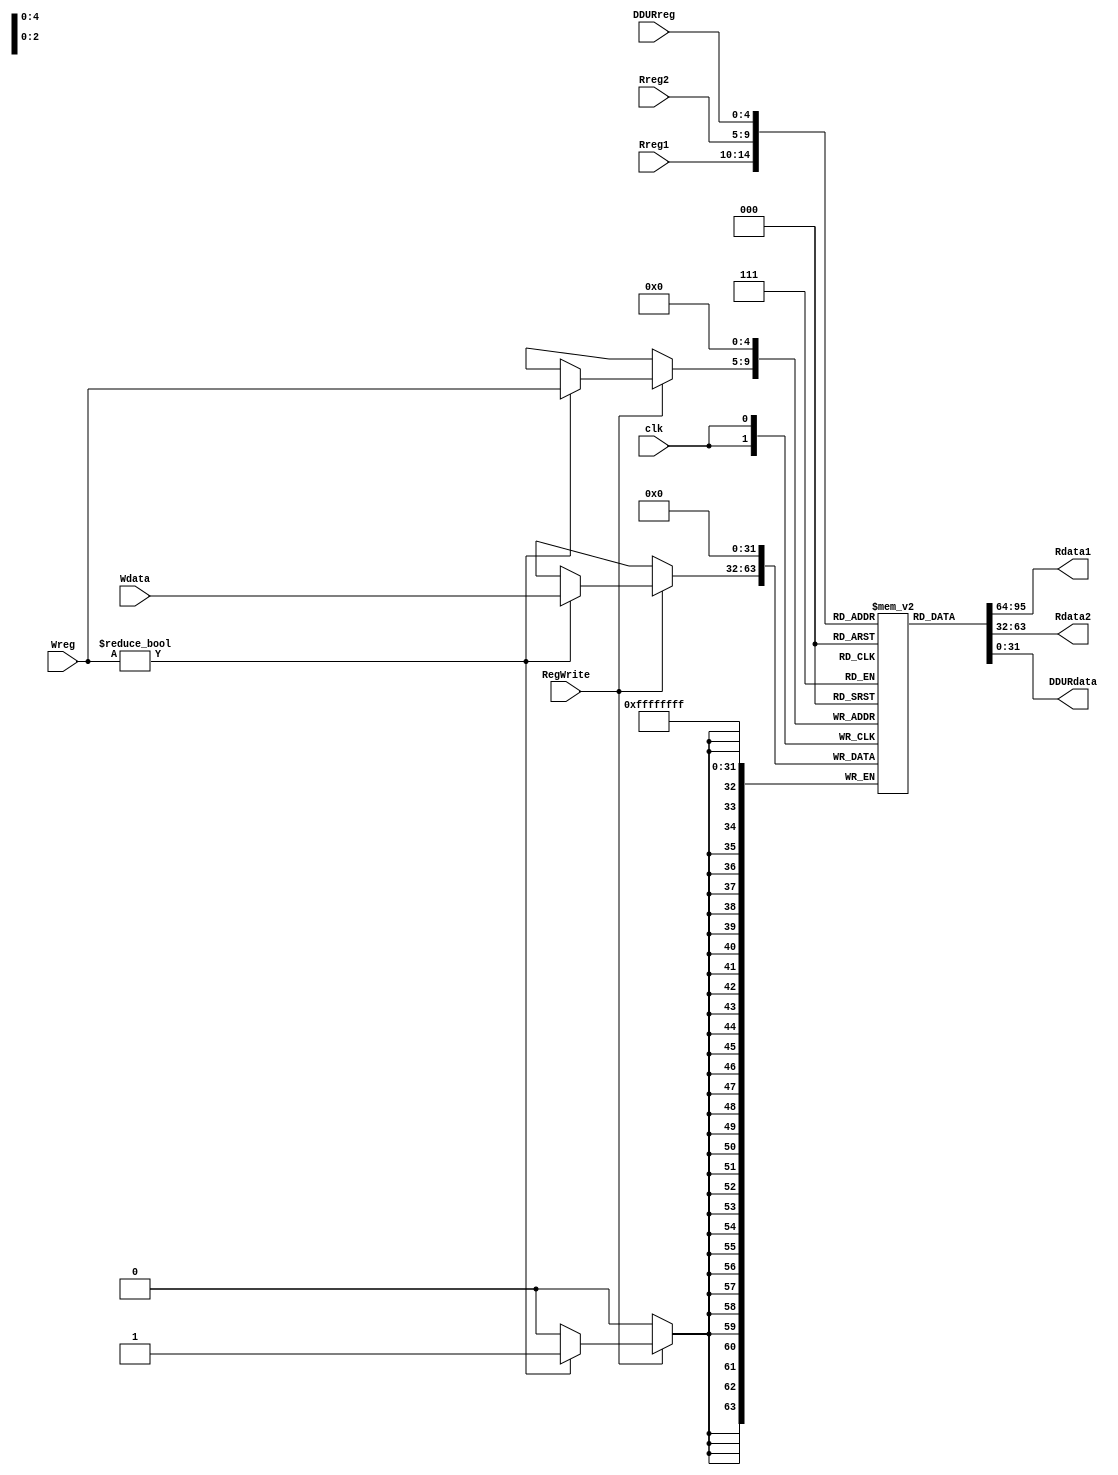
`timescale 1ns / 1ps
//////////////////////////////////////////////////////////////////////////////////
// Company: 
// Engineer: 
// 
// Design Name: 
// Module Name: Registers
// Project Name: 
// Target Devices: 
// Tool Versions: 
// Description: 
// 
// Dependencies: 
// 
// Revision:
// Revision 0.01 - File Created
// Additional Comments:
// 
//////////////////////////////////////////////////////////////////////////////////


module Registers(
    input clk,
    input RegWrite,
    input [4:0] Rreg1,Rreg2,Wreg,DDURreg,
    input [31:0] Wdata,
    output [31:0] Rdata1,Rdata2,DDURdata
    );
    reg [31:0] register [0:31];
    assign Rdata1 = register[Rreg1];
    assign Rdata2 = register[Rreg2];
    assign DDURdata = register[DDURreg];
    always @ (posedge clk)//write
    begin
        register[0] <= 0;
        if (RegWrite)
        begin
            if (Wreg!=0) register[Wreg] <= Wdata;
        end
    end
endmodule